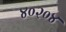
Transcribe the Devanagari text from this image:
४०२०४